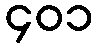
၄၀၁